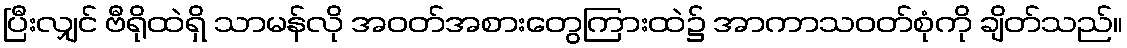
ပြီးလျှင် ဗီရိုထဲရှိ သာမန်လို အဝတ်အစားတွေကြားထဲ၌ အာကာသဝတ်စုံကို ချိတ်သည်။